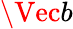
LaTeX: \Vec{b}